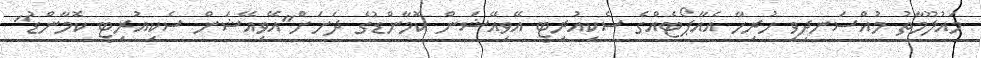
މައުލޫމާތު މުއްސަނދިވި ހުރިހާ އެއާޕޯޓެއްގެ ސެކިއުރިޓީ އޭވިއޭޝަން ކޮމާންޑުގެ ދަށަށް"އޭވިއޭޝަން ސެކިއުރިޓީ ކޮމާންޑު"